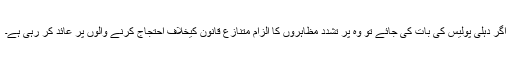
اگر دہلی پولیس کی بات کی جائے تو وہ پر تشدد مظاہروں کا الزام متنازع قانون کیخلاف احتجاج کرنے والوں پر عائد کر رہی ہے۔